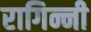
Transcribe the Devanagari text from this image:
रागिन्नी